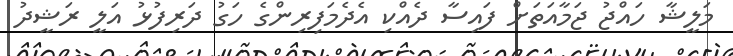
މަލީޝާ ހައްޖު ޖަމާއަތަށް ފައިސާ ދެއްކި އެދެމަފިރިންގެ ހަގު ދަރިފުޅު އަލީ ރަޝީދު